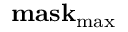
\bf { m a s k } _ { \operatorname* { m a x } }